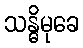
သန္ဓိမုခေ